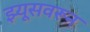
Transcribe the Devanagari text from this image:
झ्यूसवरून